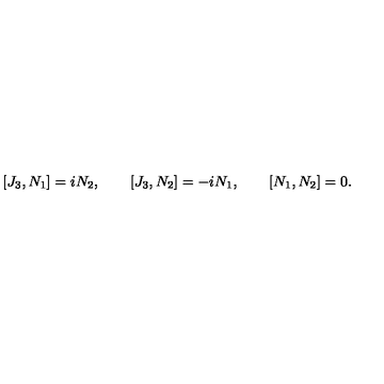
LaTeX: [ J _ { 3 } , N _ { 1 } ] = i N _ { 2 } , \qquad [ J _ { 3 } , N _ { 2 } ] = - i N _ { 1 } , \qquad [ N _ { 1 } , N _ { 2 } ] = 0 .